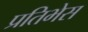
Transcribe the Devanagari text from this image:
प्रतिभेस